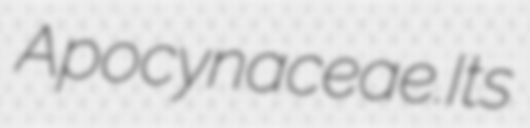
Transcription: Apocynaceae.Its